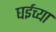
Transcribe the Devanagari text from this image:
घईच्या